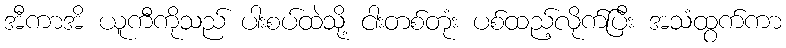
အီကာအိ ယူကီကိုသည် ပါးစပ်ထဲသို့ ငါးတစ်တုံး ပစ်ထည့်လိုက်ပြီး အသံထွက်ကာ